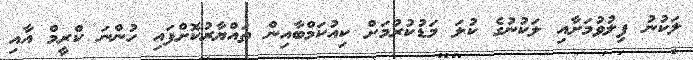
ލަކުނު ފިލުވުމަށާއި ލަކުނުގެ ކުލަ މަޑުކުރުމަށް ކިއުކަމްބާއިން ތައްޔާރުކޮށްފައި ހުންނަ ކްރީމް އާއި